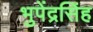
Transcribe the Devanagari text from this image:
भुपेंद्रसिंह